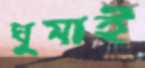
ঘুমাই